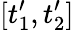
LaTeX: [t_{1}^{\prime},t_{2}^{\prime}]